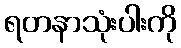
ရတနာသုံးပါးကို